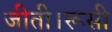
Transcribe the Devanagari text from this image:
जीती।रूसी